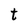
Character: t